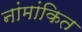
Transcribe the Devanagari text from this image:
नांमांकित